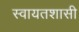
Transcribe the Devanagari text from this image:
स्वायतशासी